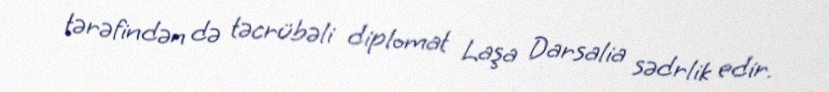
tərəfindən də təcrübəli diplomat Laşa Darsalia sədrlik edir.